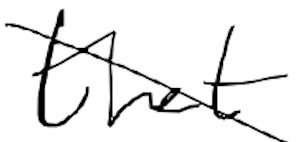
Text: that
Cross-out: diagonal
Writing tool: digital_black